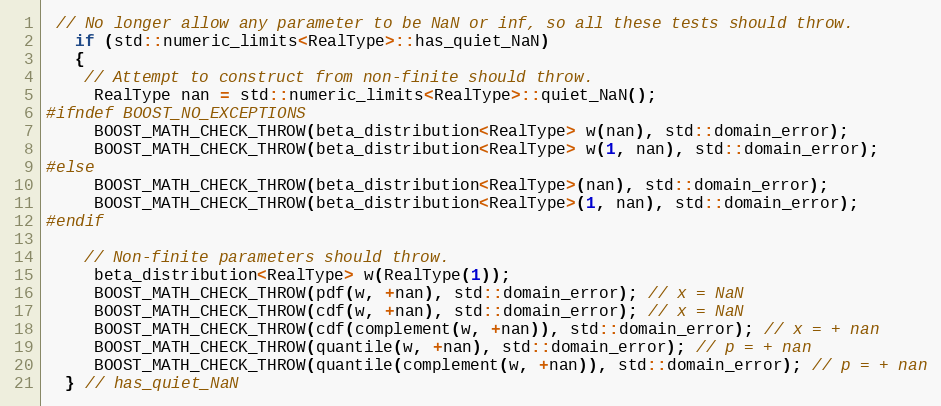
Language: C++
 // No longer allow any parameter to be NaN or inf, so all these tests should throw.
   if (std::numeric_limits<RealType>::has_quiet_NaN)
   {
    // Attempt to construct from non-finite should throw.
     RealType nan = std::numeric_limits<RealType>::quiet_NaN();
#ifndef BOOST_NO_EXCEPTIONS
     BOOST_MATH_CHECK_THROW(beta_distribution<RealType> w(nan), std::domain_error);
     BOOST_MATH_CHECK_THROW(beta_distribution<RealType> w(1, nan), std::domain_error);
#else
     BOOST_MATH_CHECK_THROW(beta_distribution<RealType>(nan), std::domain_error);
     BOOST_MATH_CHECK_THROW(beta_distribution<RealType>(1, nan), std::domain_error);
#endif

    // Non-finite parameters should throw.
     beta_distribution<RealType> w(RealType(1));
     BOOST_MATH_CHECK_THROW(pdf(w, +nan), std::domain_error); // x = NaN
     BOOST_MATH_CHECK_THROW(cdf(w, +nan), std::domain_error); // x = NaN
     BOOST_MATH_CHECK_THROW(cdf(complement(w, +nan)), std::domain_error); // x = + nan
     BOOST_MATH_CHECK_THROW(quantile(w, +nan), std::domain_error); // p = + nan
     BOOST_MATH_CHECK_THROW(quantile(complement(w, +nan)), std::domain_error); // p = + nan
  } // has_quiet_NaN